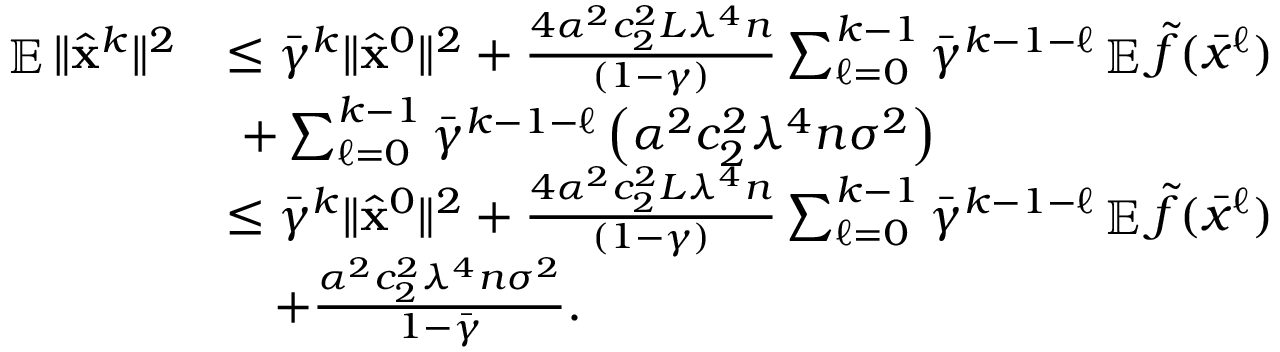
\begin{array} { r l } { \mathop { \mathbb { E } } \| \hat { { \mathbf { x } } } ^ { k } \| ^ { 2 } } & { \leq \bar { \gamma } ^ { k } \| \hat { { \mathbf { x } } } ^ { 0 } \| ^ { 2 } + \frac { 4 \alpha ^ { 2 } c _ { 2 } ^ { 2 } L \lambda ^ { 4 } n } { ( 1 - \gamma ) } \textstyle \sum _ { \ell = 0 } ^ { k - 1 } \bar { \gamma } ^ { k - 1 - \ell } \mathop { \mathbb { E } } \tilde { f } ( \bar { x } ^ { \ell } ) } \\ & { ~ + \textstyle \sum _ { \ell = 0 } ^ { k - 1 } \bar { \gamma } ^ { k - 1 - \ell } \left( \alpha ^ { 2 } c _ { 2 } ^ { 2 } \lambda ^ { 4 } n \sigma ^ { 2 } \right) } \\ & { \leq \bar { \gamma } ^ { k } \| \hat { { \mathbf { x } } } ^ { 0 } \| ^ { 2 } + \frac { 4 \alpha ^ { 2 } c _ { 2 } ^ { 2 } L \lambda ^ { 4 } n } { ( 1 - \gamma ) } \textstyle \sum _ { \ell = 0 } ^ { k - 1 } \bar { \gamma } ^ { k - 1 - \ell } \mathop { \mathbb { E } } \tilde { f } ( \bar { x } ^ { \ell } ) } \\ & { \quad + \frac { \alpha ^ { 2 } c _ { 2 } ^ { 2 } \lambda ^ { 4 } n \sigma ^ { 2 } } { 1 - \bar { \gamma } } . } \end{array}